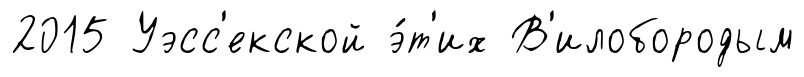
2015 Уэсс'екской э́т'их В'илобородым